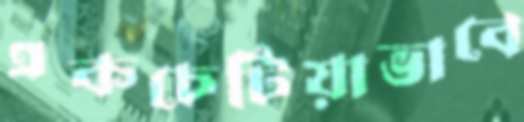
একচেটিয়াভাবে